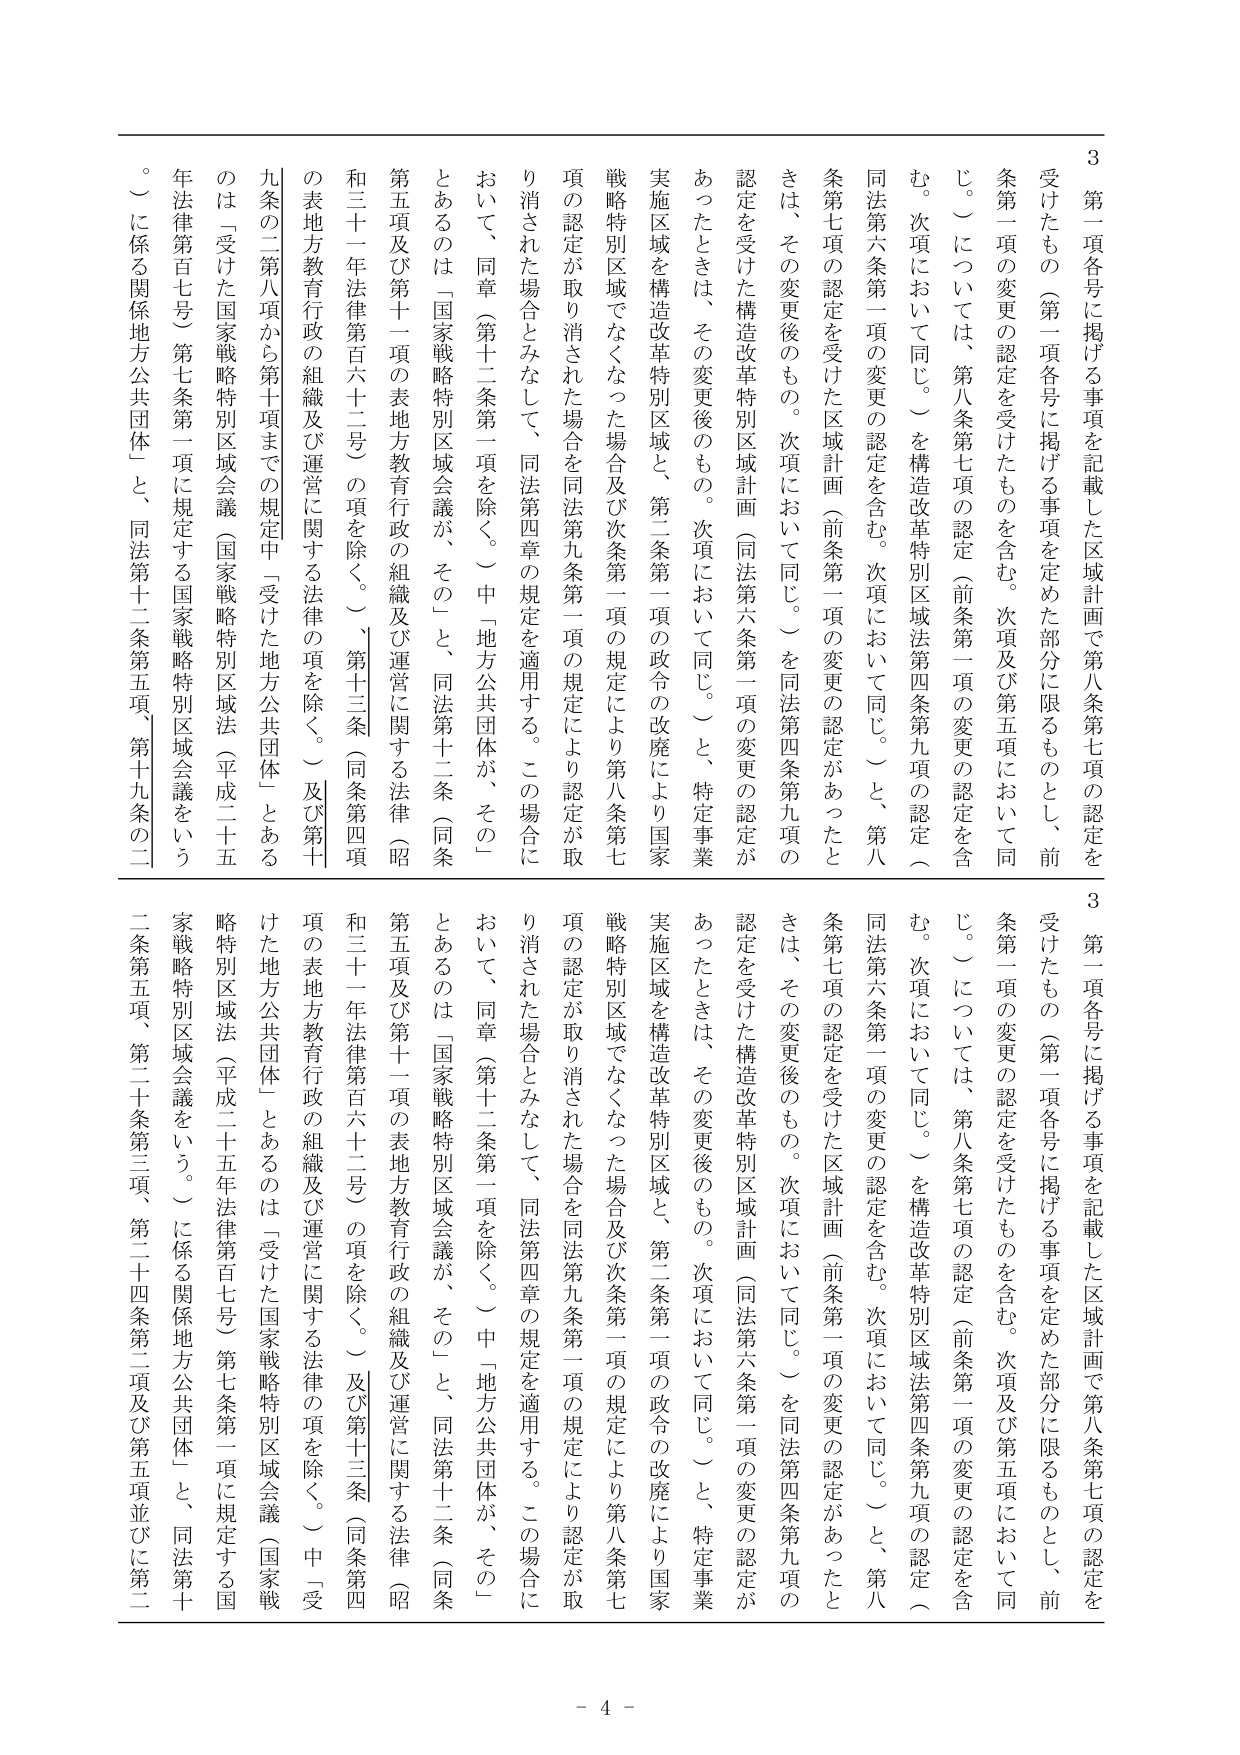
3 第一項各号に掲げる事項を記載した区域計画で第八条第七項の認定を受けたもの（第一項各号に掲げる事項を定めた部分に限るものとし、前条第一項の変更の認定を受けたものを含む。次項及び第五項において同じ。）については、第八条第七項の認定（前条第一項の変更の認定を含む。次項において同じ。）を構造改革特別区域法第四条第九項の認定（同法第六条第一項の変更の認定を含む。次項において同じ。）と、第八条第七項の認定を受けた区域計画（前条第一項の変更の認定があったときは、その変更後のもの。次項において同じ。）を同法第四条第九項の認定を受けた構造改革特別区域計画（同法第六条第一項の変更の認定があったときは、その変更後のもの。次項において同じ。）と、特定事業実施区域を構造改革特別区域と、第二条第一項の政令の改廃により国家戦略特別区域でなくなった場合及び次条第一項の規定により第八条第七項の認定が取り消された場合を同法第九条第一項の規定により認定が取り消された場合とみなして、同法第四章の規定を適用する。この場合において、同章（第十二条第一項を除く。）中「地方公共団体が、その」とあるのは「国家戦略特別区域会議が、その」と、同法第十二条（同条第五項及び第十一項の表地方教育行政の組織及び運営に関する法律（昭和三十一年法律第百六十二号）の項を除く。）、第十三条（同条第四項の表地方教育行政の組織及び運営に関する法律の項を除く。）及び第十九条の二第八項から第十項までの規定中「受けた地方公共団体」とあるのは「受けた国家戦略特別区域会議（国家戦略特別区域法（平成二十五年法律第百七号）第七条第一項に規定する国家戦略特別区域会議をいう。）に係る関係地方公共団体」と、同法第十二条第五項、第十九条の二

3 第一項各号に掲げる事項を記載した区域計画で第八条第七項の認定を受けたもの（第一項各号に掲げる事項を定めた部分に限るものとし、前条第一項の変更の認定を受けたものを含む。次項及び第五項において同じ。）については、第八条第七項の認定（前条第一項の変更の認定を含む。次項において同じ。）を構造改革特別区域法第四条第九項の認定（同法第六条第一項の変更の認定を含む。次項において同じ。）と、第八条第七項の認定を受けた区域計画（前条第一項の変更の認定があったときは、その変更後のもの。次項において同じ。）を同法第四条第九項の認定を受けた構造改革特別区域計画（同法第六条第一項の変更の認定があったときは、その変更後のもの。次項において同じ。）と、特定事業実施区域を構造改革特別区域と、第二条第一項の政令の改廃により国家戦略特別区域でなくなった場合及び次条第一項の規定により第八条第七項の認定が取り消された場合を同法第九条第一項の規定により認定が取り消された場合とみなして、同法第四章の規定を適用する。この場合において、同章（第十二条第一項を除く。）中「地方公共団体が、その」とあるのは「国家戦略特別区域会議が、その」と、同法第十二条（同条第五項及び第十一項の表地方教育行政の組織及び運営に関する法律（昭和三十一年法律第百六十二号）の項を除く。）及び第十三条（同条第四項の表地方教育行政の組織及び運営に関する法律の項を除く。）中「受けた地方公共団体」とあるのは「受けた国家戦略特別区域会議（国家戦略特別区域法（平成二十五年法律第百七号）第七条第一項に規定する国家戦略特別区域会議をいう。）に係る関係地方公共団体」と、同法第十二条第五項、第二十条第三項、第二十四条第二項及び第五項並びに第二

- 4 -